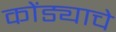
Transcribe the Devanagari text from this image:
कोंड्याचे